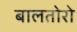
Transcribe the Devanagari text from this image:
बालतोरो